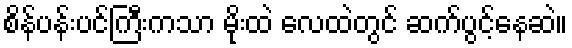
စိန်ပန်းပင်ကြီးကသာ မိုးထဲ လေထဲတွင် ဆက်ပွင့်နေဆဲ။